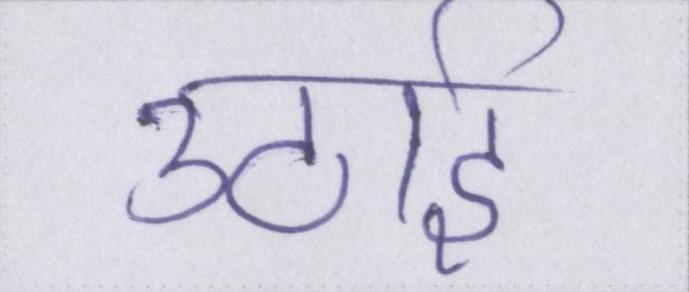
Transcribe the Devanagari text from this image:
उठाई